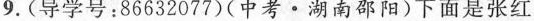
9.(导学号：86632077)(中考·湖南邵阳)下面是张红